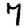
Digit: 7